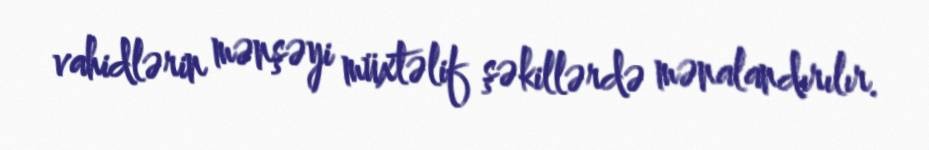
vahidlərin mənşəyi müxtəlif şəkillərdə mənalandırılır.